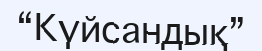
“Күйсандық”